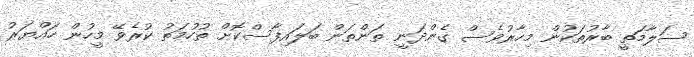
ސަލާމަތީ ބާރުތަކުން މިހާރުވެސް ގެންދަނީ ތަންތަން ބަލައިފާސްކޮށް ތުހުމަތު ކުރެވޭ މީހުން ހައްޔަރު